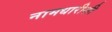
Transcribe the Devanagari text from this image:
नामधारीशी